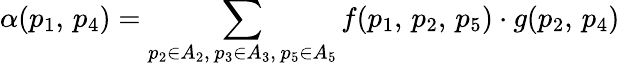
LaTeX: \alpha(p_{1},\, p_{4})=\displaystyle\sum_{p_{2}\in A_{2},\, p_{3}\in A_{3},\, p_{5}\in A_{5}}f(p_{1},\, p_{2},\, p_{5})\cdot g(p_{2},\, p_{4})